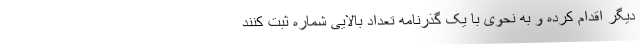
دیگر اقدام کرده و به نحوی با یک گذرنامه تعداد بالایی شماره ثبت کنند